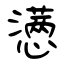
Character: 懑